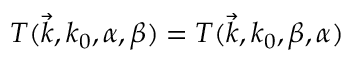
T ( \vec { k } , k _ { 0 } , \alpha , \beta ) = T ( \vec { k } , k _ { 0 } , \beta , \alpha )